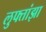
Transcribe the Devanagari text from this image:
लुफ्तांझा